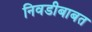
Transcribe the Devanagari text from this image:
निवडीबाबत